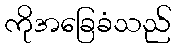
ကိုအခြေခံသည်